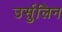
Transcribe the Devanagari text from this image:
उर्सुलिन